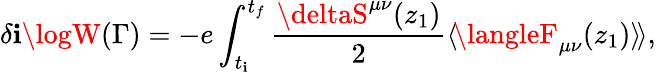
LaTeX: \delta\mathbf{i}\logW(\Gamma)=-{e}\int_{t_{\mathbf{i}}}^{t_{f}}{\frac{{\deltaS^{\mu\nu}(z_{1})}}{{2}}}\langle\! \langleF_{\mu\nu}(z_{1})\rangle\! \rangle,